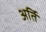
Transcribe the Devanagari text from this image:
अर्ति